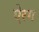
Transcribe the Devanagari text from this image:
ऐरग